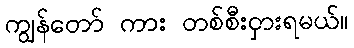
ကျွန်တော် ကား တစ်စီးငှားရမယ်။